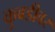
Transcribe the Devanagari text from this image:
कुबडीवर